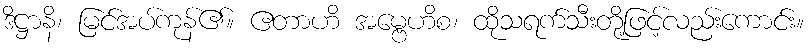
ဒိဋ္ဌာနိ၊ မြင်အပ်ကုန်၏။ ဧတာဟိ အမ္ဗေဟိစ၊ ထိုသရက်သီးတို့ဖြင့်လည်းကောင်း။